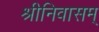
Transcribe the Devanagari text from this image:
श्रीनिवासम्‌